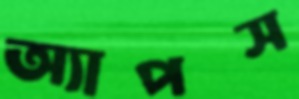
অ্যাপস